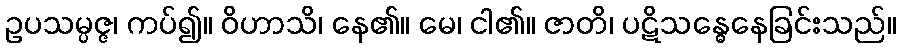
ဥပသမ္ပဇ္ဇ၊ ကပ်၍။ ဝိဟာသိ၊ နေ၏။ မေ၊ ငါ၏။ ဇာတိ၊ ပဋိသန္ဓေနေခြင်းသည်။